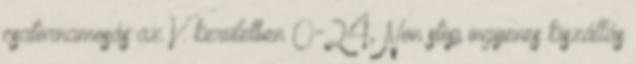
csatornamosás az V. kerületben 0-24, Non stop ingyenes kiszállás